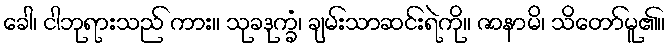
ခေါ၊ ငါဘုရားသည် ကား။ သုခဒုက္ခံ၊ ချမ်းသာဆင်းရဲကို။ ဇာနာမိ၊ သိတော်မူ၏။